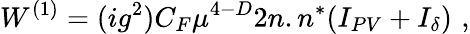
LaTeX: W^{(1)}=(ig^{2})C_{F}\mu^{4-D}2n.n^{*}(I_{PV}+I_{\delta})\, \, ,